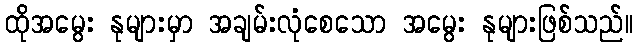
ထိုအမွေး နုများမှာ အချမ်းလုံစေသော အမွေး နုများဖြစ်သည်။